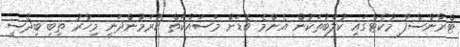
ޓްރާންސްފާ މާކެޓްގައި ކުލަބުތަކުން އެންމެ ބޮޑަށް މަސައްކަތް ކުރަމުންދަނީ މިހާރު ތިބި ބިދޭސީ